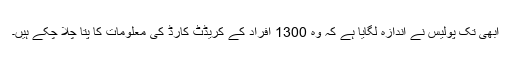
ابھی تک پولیس نے اندازہ لگایا ہے کہ وہ 1300 افراد کے کریڈٹ کارڈ کی معلومات کا پتا چلا چکے ہیں۔